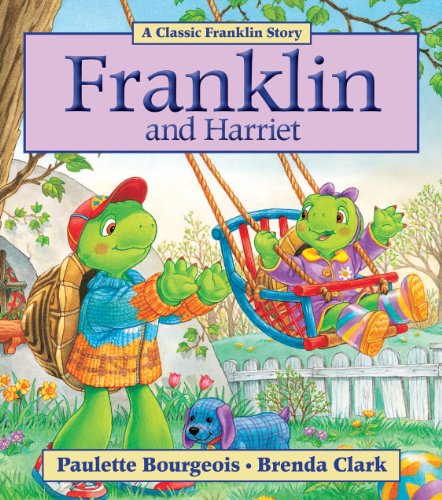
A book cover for Franklin and Harriet; Paulette Bourgeois; Children's Books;